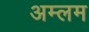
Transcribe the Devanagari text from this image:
अम्लम